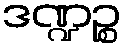
ဒဏ္ဍဉ္စ